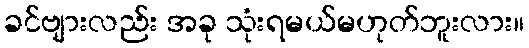
ခင်ဗျားလည်း အခု သုံးရမယ်မဟုတ်ဘူးလား။